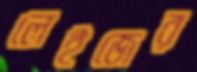
লেইজের